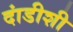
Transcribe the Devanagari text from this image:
दांडीशी